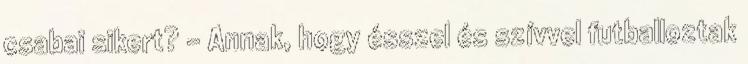
csabai sikert? - Annak, hogy ésszel és szívvel futballoztak